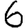
Digit: 6